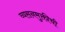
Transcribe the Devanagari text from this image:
व्यसनमुक्तीची